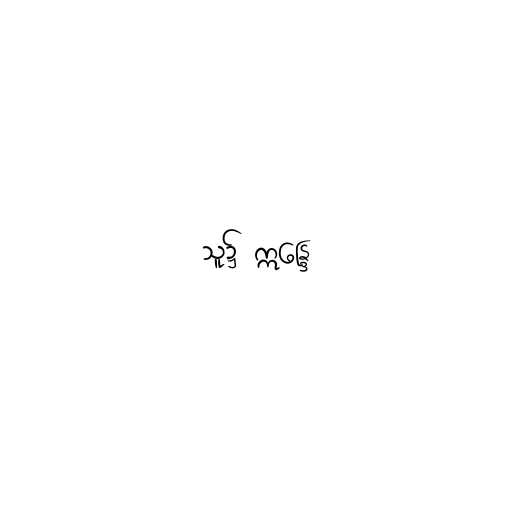
သူ၌ ဣန္ဒြေ